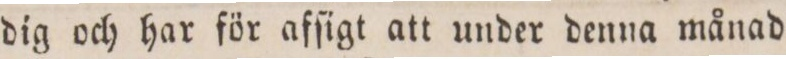
dig och har för afſigt att under denna månad